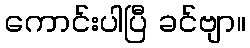
ကောင်းပါပြီ ခင်ဗျာ။